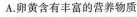
A.卵黄含有丰富的营养物质